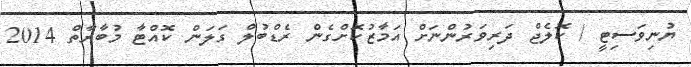
ޔުނިވަސިޓީ / ކޮލެޖް ދަރިވަރުންނަށް އަމާޒުކޮށްގެން ރެޑްބުލް ގަލަން ކޮއްޓާ މުބާރާތް 2014